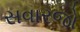
સવારજો